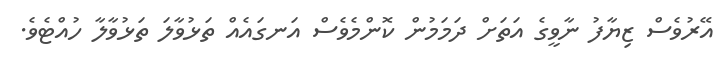
އޭރުވެސް ޒިޔާފު ނާވީގެ އަތަށް ދަމަމުން ކޮންމެވެސް އަނގައެއް ތަޅުވާލަ ތަޅުވާލާ ހުއްޓެވެ.